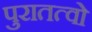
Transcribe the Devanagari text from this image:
पुरातत्वो